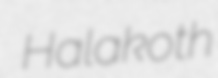
Halakoth